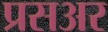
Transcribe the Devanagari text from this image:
प्रसअर